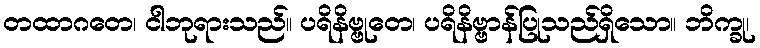
တထာဂတေ၊ ငါဘုရားသည်။ ပရိနိဗ္ဗုတေ၊ ပရိနိဗ္ဗာန်ပြုသည်ရှိသော။ ဘိက္ခု၊